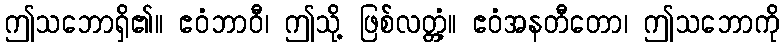
ဤသဘောရှိ၏။ ဧဝံဘာဝီ၊ ဤသို့ ဖြစ်လတ္တံ့။ ဧဝံအနတီတော၊ ဤသဘောကို